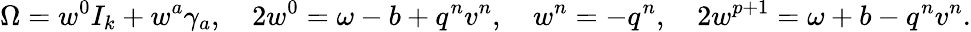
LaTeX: {\Omega}=w^{0}I_{k}+w^{a}\gamma_{a},\quad 2w^{0}=\omega-b+q^{n}v^{n},\quad w^{n}=-q^{n},\quad 2w^{p+1}=\omega+b-q^{n}v^{n}.